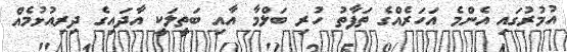
އުމުރުގައި އެންމެ އަހަރެއްގެ ތަފާތު ހުރި ބަލްމާ އާއި ބަތީލަކީ އާދައިގެ ދިރިއުޅުމެއް